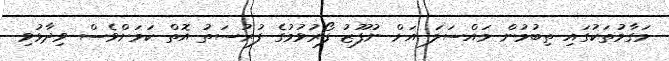
މަގާމުތަކުގައި ތިބުމުން މައްސަލަ އަށް ނުފޫޒު ފޯރުވުމުގެ ފުރުސަތު އޮތް ކަމަށްވެސް ވިދާޅުވި